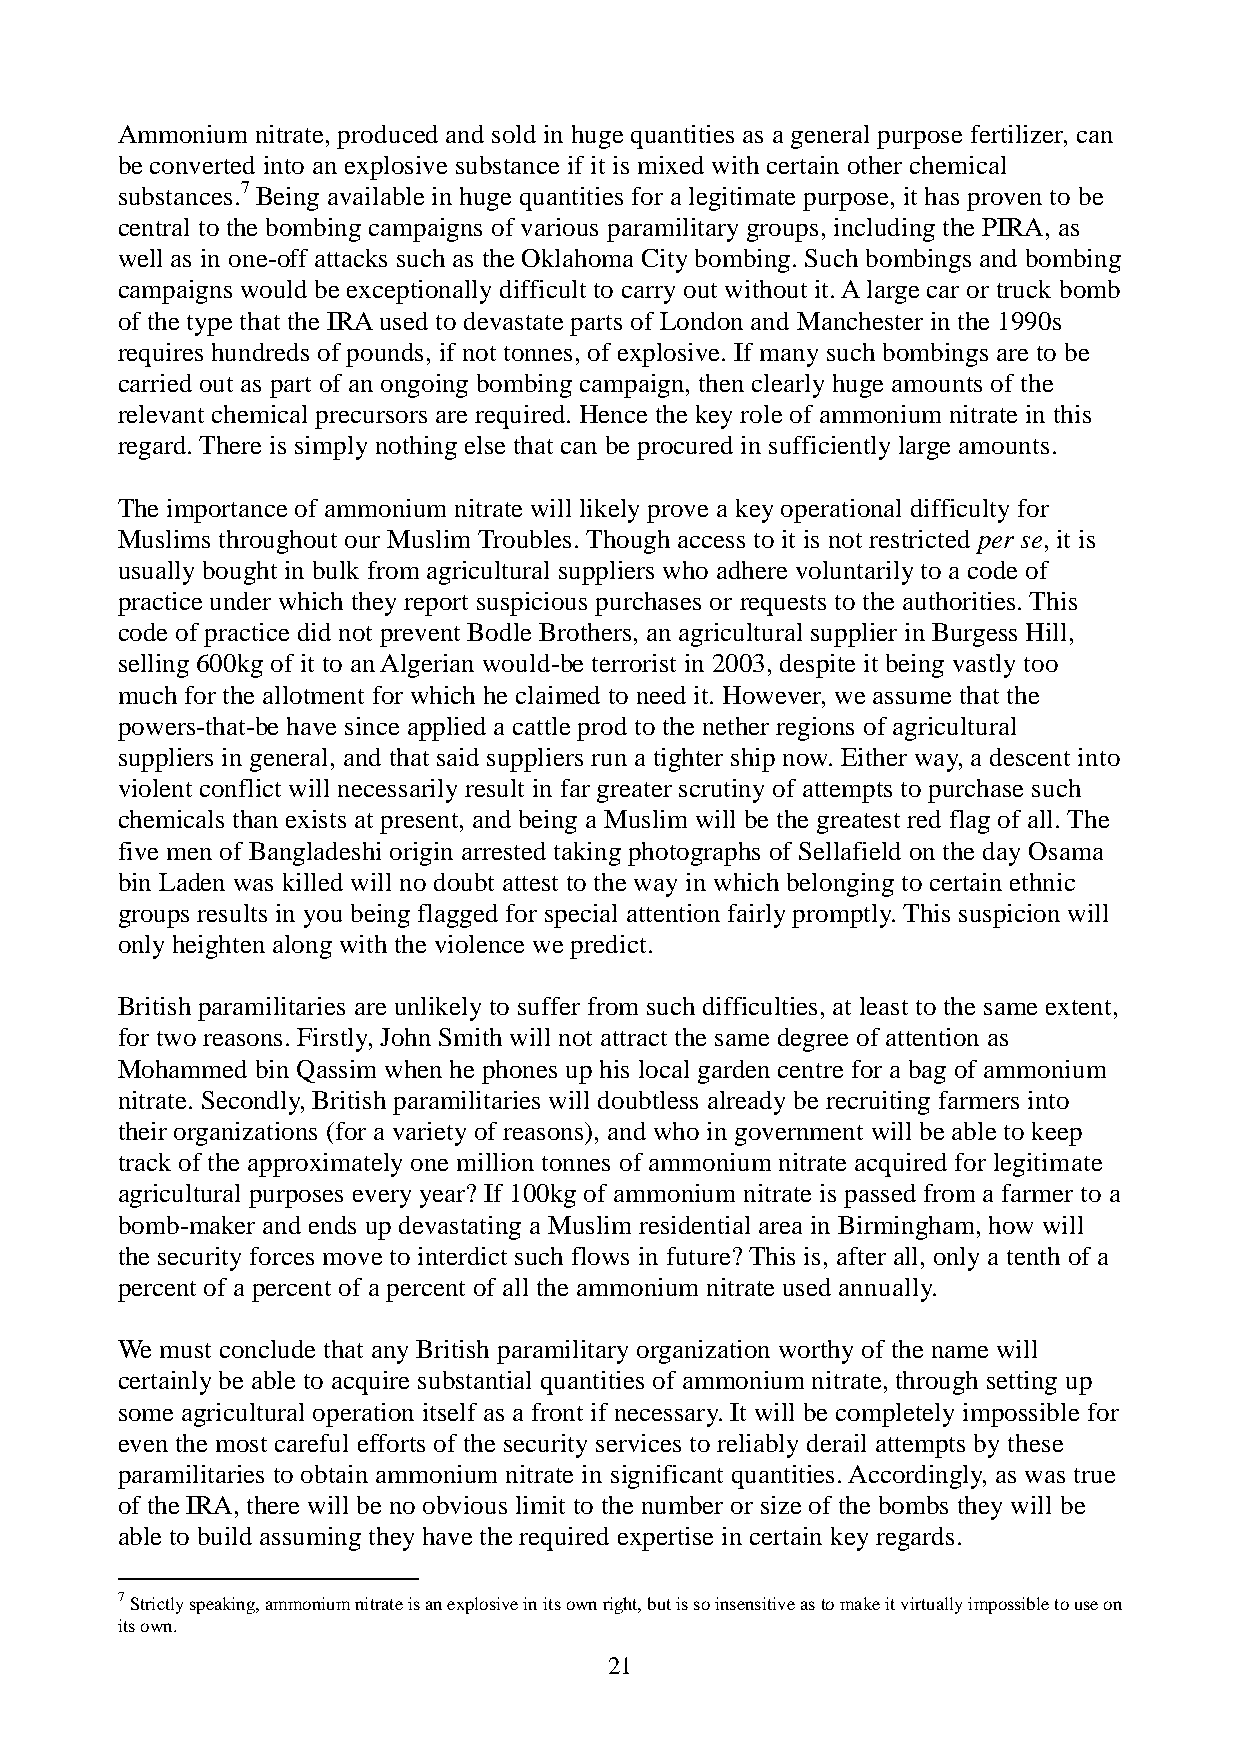
Ammonium nitrate, produced and sold in huge quantities as a general purpose fertilizer, can
 be converted into an explosive substance if it is mixed with certain other chemical
 substances.7 Being available in huge quantities for a legitimate purpose, it has proven to be
 central to the bombing campaigns of various paramilitary groups, including the PIRA, as
 well as in one-off attacks such as the Oklahoma City bombing. Such bombings and bombing
 campaigns would be exceptionally difficult to carry out without it. A large car or truck bomb
 of the type that the IRA used to devastate parts of London and Manchester in the 1990s
 requires hundreds of pounds, if not tonnes, of explosive. If many such bombings are to be
 carried out as part of an ongoing bombing campaign, then clearly huge amounts of the
 relevant chemical precursors are required. Hence the key role of ammonium nitrate in this
 regard. There is simply nothing else that can be procured in sufficiently large amounts.
 The importance of ammonium nitrate will likely prove a key operational difficulty for
 Muslims throughout our Muslim Troubles. Though access to it is not restricted per se, it is
 usually bought in bulk from agricultural suppliers who adhere voluntarily to a code of
 practice under which they report suspicious purchases or requests to the authorities. This
 code of practice did not prevent Bodle Brothers, an agricultural supplier in Burgess Hill,
 selling 600kg of it to an Algerian would-be terrorist in 2003, despite it being vastly too
 much for the allotment for which he claimed to need it. However, we assume that the
 powers-that-be have since applied a cattle prod to the nether regions of agricultural
 suppliers in general, and that said suppliers run a tighter ship now. Either way, a descent into
 violent conflict will necessarily result in far greater scrutiny of attempts to purchase such
 chemicals than exists at present, and being a Muslim will be the greatest red flag of all. The
 five men of Bangladeshi origin arrested taking photographs of Sellafield on the day Osama
 bin Laden was killed will no doubt attest to the way in which belonging to certain ethnic
 groups results in you being flagged for special attention fairly promptly. This suspicion will
 only heighten along with the violence we predict.
 British paramilitaries are unlikely to suffer from such difficulties, at least to the same extent,
 for two reasons. Firstly, John Smith will not attract the same degree of attention as
 Mohammed bin Qassim when he phones up his local garden centre for a bag of ammonium
 nitrate. Secondly, British paramilitaries will doubtless already be recruiting farmers into
 their organizations (for a variety of reasons), and who in government will be able to keep
 track of the approximately one million tonnes of ammonium nitrate acquired for legitimate
 agricultural purposes every year? If 100kg of ammonium nitrate is passed from a farmer to a
 bomb-maker and ends up devastating a Muslim residential area in Birmingham, how will
 the security forces move to interdict such flows in future? This is, after all, only a tenth of a
 percent of a percent of a percent of all the ammonium nitrate used annually.
 We must conclude that any British paramilitary organization worthy of the name will
 certainly be able to acquire substantial quantities of ammonium nitrate, through setting up
 some agricultural operation itself as a front if necessary. It will be completely impossible for
 even the most careful efforts of the security services to reliably derail attempts by these
 paramilitaries to obtain ammonium nitrate in significant quantities. Accordingly, as was true
 of the IRA, there will be no obvious limit to the number or size of the bombs they will be
 able to build assuming they have the required expertise in certain key regards.
 7 Strictly speaking, ammonium nitrate is an explosive in its own right, but is so insensitive as to make it virtually impossible to use on
 its own.
 21